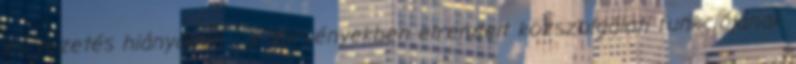
és vezetés hiányában - a "törvényekben elrendelt közszolgálati funkciójának